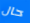
حال